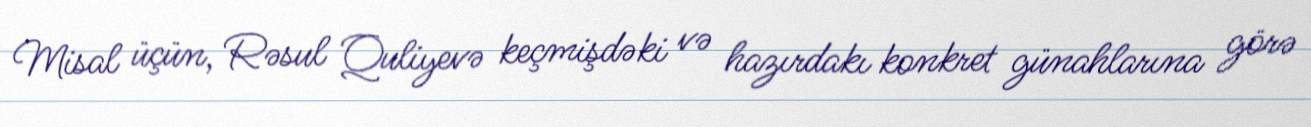
Misal üçün, Rəsul Quliyevə keçmişdəki və hazırdakı konkret günahlarına görə